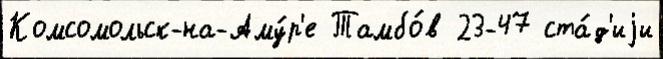
Комсомольск-на-Аму́р'е Тамбо́в 23-47 ста́д'иjи